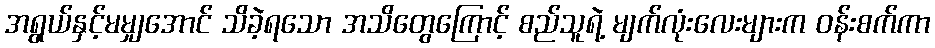
အရွယ်နှင့်မမျှအောင် သိခဲ့ရသော အသိတွေကြောင့် စည်သူရဲ့ မျက်လုံးလေးများက ဝန်းစက်ကာ